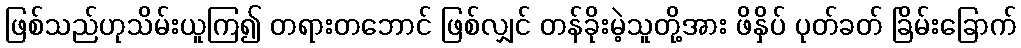
ဖြစ်သည်ဟုသိမ်းယူကြ၍ တရားတဘောင် ဖြစ်လျှင် တန်ခိုးမဲ့သူတို့အား ဖိနှိပ် ပုတ်ခတ် ခြိမ်းခြောက်